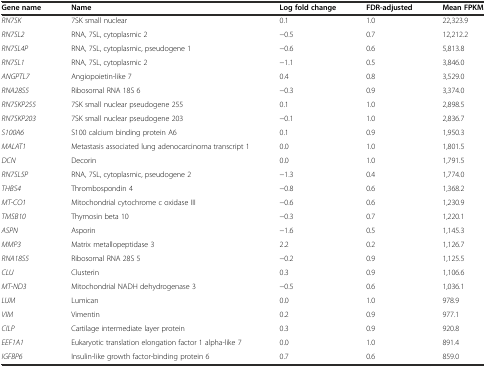
<table><thead><tr><td><b>Gene name</b></td><td><b>Name</b></td><td><b>Log fold change</b></td><td><b>FDR-adjusted</b></td><td><b>Mean FPKM</b></td></tr></thead><tbody><tr><td><i>RN7SK</i></td><td>7SK small nuclear</td><td>0.1</td><td>1.0</td><td>22,323.9</td></tr><tr><td><i>RN7SL2</i></td><td>RNA, 7SL, cytoplasmic 2</td><td>−0.5</td><td>0.7</td><td>12,212.2</td></tr><tr><td><i>RN7SL4P</i></td><td>RNA, 7SL, cytoplasmic, pseudogene 1</td><td>−0.6</td><td>0.6</td><td>5,813.8</td></tr><tr><td><i>RN7SL1</i></td><td>RNA, 7SL, cytoplasmic 2</td><td>−1.1</td><td>0.5</td><td>3,846.0</td></tr><tr><td><i>ANGPTL7</i></td><td>Angiopoietin-like 7</td><td>0.4</td><td>0.8</td><td>3,529.0</td></tr><tr><td><i>RNA28S5</i></td><td>Ribosomal RNA 18S 6</td><td>−0.3</td><td>0.9</td><td>3,374.0</td></tr><tr><td><i>RN7SKP255</i></td><td>7SK small nuclear pseudogene 255</td><td>0.1</td><td>1.0</td><td>2,898.5</td></tr><tr><td><i>RN7SKP203</i></td><td>7SK small nuclear pseudogene 203</td><td>−0.1</td><td>1.0</td><td>2,836.7</td></tr><tr><td><i>S100A6</i></td><td>S100 calcium binding protein A6</td><td>0.1</td><td>0.9</td><td>1,950.3</td></tr><tr><td><i>MALAT1</i></td><td>Metastasis associated lung adenocarcinoma transcript 1</td><td>0.0</td><td>1.0</td><td>1,801.5</td></tr><tr><td><i>DCN</i></td><td>Decorin</td><td>0.0</td><td>1.0</td><td>1,791.5</td></tr><tr><td><i>RN7SL5P</i></td><td>RNA, 7SL, cytoplasmic, pseudogene 2</td><td>−1.3</td><td>0.4</td><td>1,774.0</td></tr><tr><td><i>THBS4</i></td><td>Thrombospondin 4</td><td>−0.8</td><td>0.6</td><td>1,368.2</td></tr><tr><td><i>MT-CO1</i></td><td>Mitochondrial cytochrome c oxidase III</td><td>−0.6</td><td>0.6</td><td>1,230.9</td></tr><tr><td><i>TMSB10</i></td><td>Thymosin beta 10</td><td>−0.3</td><td>0.7</td><td>1,220.1</td></tr><tr><td><i>ASPN</i></td><td>Asporin</td><td>−1.6</td><td>0.5</td><td>1,145.3</td></tr><tr><td><i>MMP3</i></td><td>Matrix metallopeptidase 3</td><td>2.2</td><td>0.2</td><td>1,126.7</td></tr><tr><td><i>RNA18S5</i></td><td>Ribosomal RNA 28S 5</td><td>−0.2</td><td>0.9</td><td>1,125.5</td></tr><tr><td><i>CLU</i></td><td>Clusterin</td><td>0.3</td><td>0.9</td><td>1,106.6</td></tr><tr><td><i>MT-ND3</i></td><td>Mitochondrial NADH dehydrogenase 3</td><td>−0.5</td><td>0.6</td><td>1,036.1</td></tr><tr><td><i>LUM</i></td><td>Lumican</td><td>0.0</td><td>1.0</td><td>978.9</td></tr><tr><td><i>VIM</i></td><td>Vimentin</td><td>0.2</td><td>0.9</td><td>977.1</td></tr><tr><td><i>CILP</i></td><td>Cartilage intermediate layer protein</td><td>0.3</td><td>0.9</td><td>920.8</td></tr><tr><td><i>EEF1A1</i></td><td>Eukaryotic translation elongation factor 1 alpha-like 7</td><td>0.0</td><td>1.0</td><td>891.4</td></tr><tr><td><i>IGFBP6</i></td><td>Insulin-like growth factor-binding protein 6</td><td>0.7</td><td>0.6</td><td>859.0</td></tr></tbody></table>